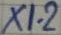
Text: X1-2